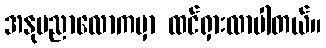
အနုပညာလောကမှာ ထင်ရှားလာပါတယ်။